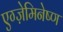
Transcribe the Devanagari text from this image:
एग्ज़ेमिनेष्ण